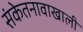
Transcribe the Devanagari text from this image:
संकेतनावाखाली